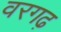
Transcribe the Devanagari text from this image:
वरगढ़